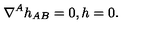
\nabla ^ { A } h _ { A B } = 0 , h = 0 .